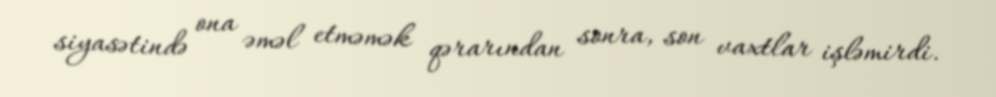
siyasətində ona əməl etməmək qərarından sonra, son vaxtlar işləmirdi.